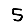
Digit: 5